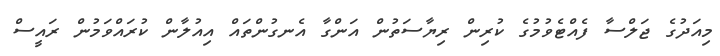
މިއަދުގެ ޖަލްސާ ފެއްޓެވުމުގެ ކުރިން ރިޔާސަތުން އަންގާ އެނގުންތައް އިއުލާން ކުރައްވަމުން ރައީސް